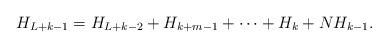
LaTeX: \begin{align*}H_{L+k-1} = H_{L+k-2}+H_{k+m-1}+\dots+H_{k}+NH_{k-1}.\end{align*}